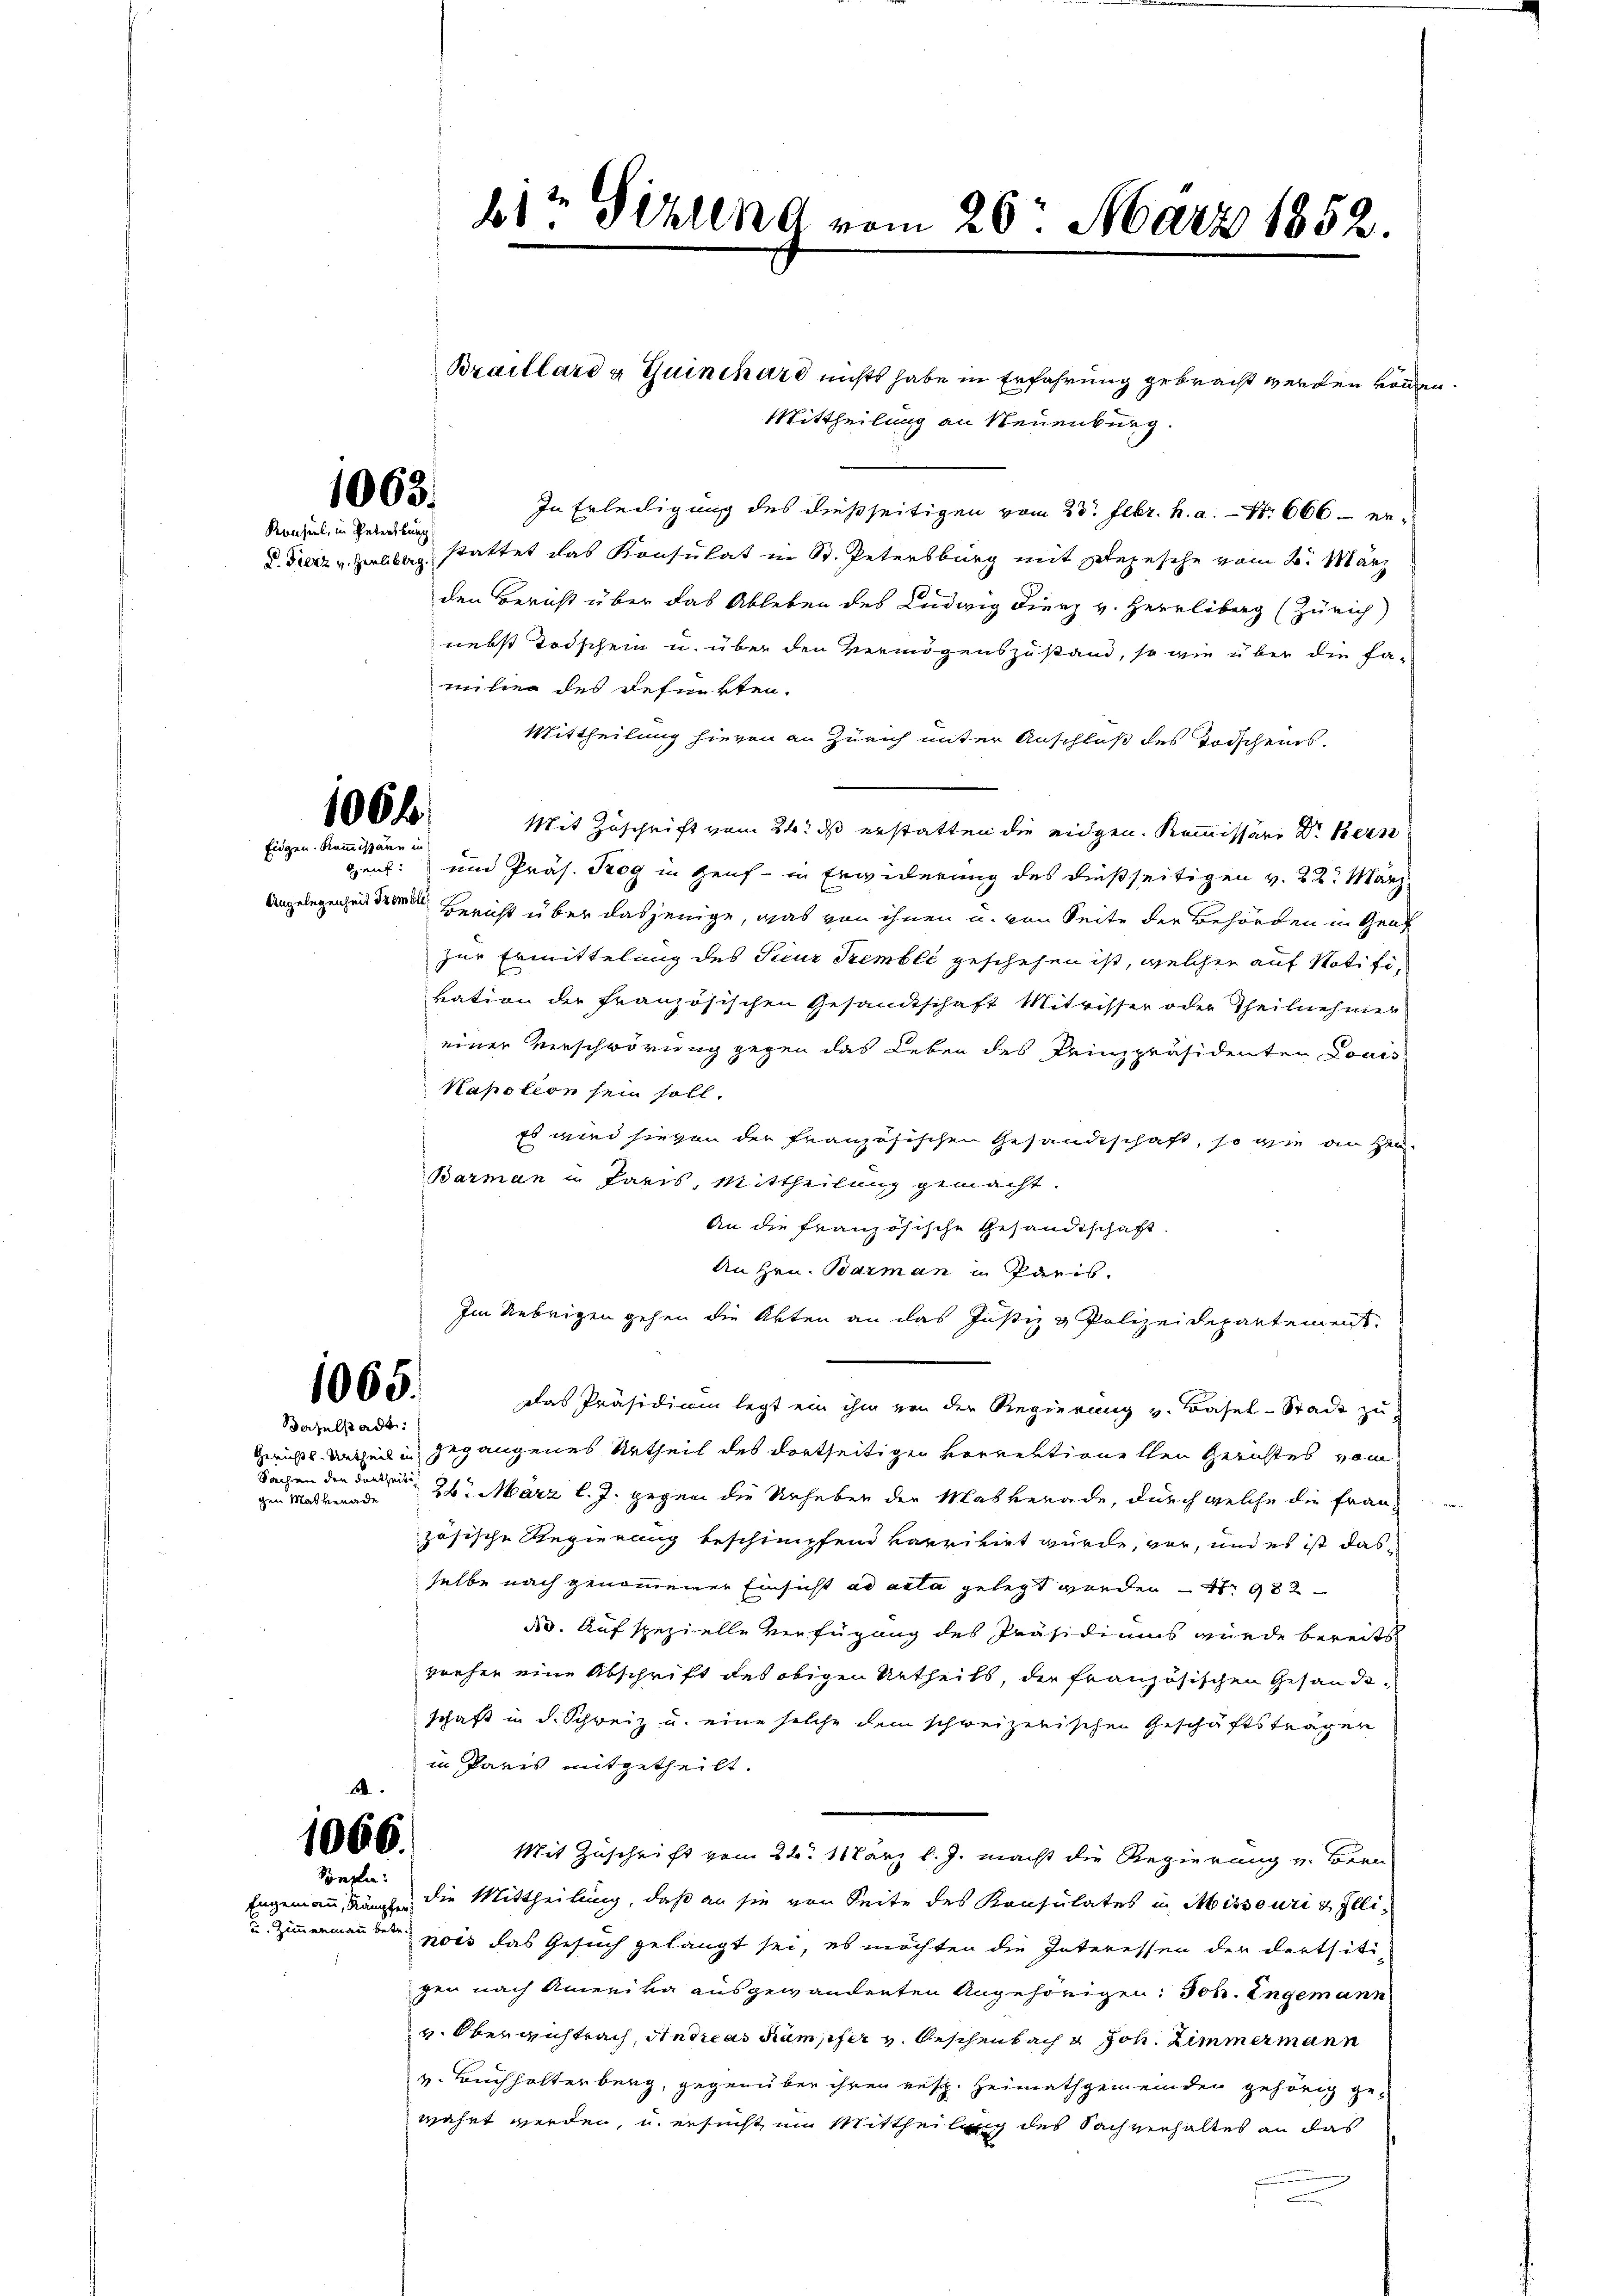
1065.
Konsul, in Petersburg

1064
Eidgen. Kommissären in

1065.
daselstadt.

Sachen den dortseiti

4
1066.
Sonke:

u. Zimmermann betr.

b1te Sitzung vom 26. März 1852.

Braillard & Guinchard nichts habe in Erfahrung gebracht werden worden.
Mittheilung an Neuenburg.
In Erledigung des dießseitigen vom 23. Febr. h. a. Nr. 666 – er
d. Fierz v. Helburg stattet das Konsulat in St. Petersburg mit Depesche vom 2. März
den Bericht über das Ableben des Ludwig Fierz v. Herrliberg (Zürich)
nebst Todschein u. über den Vermögenszustand, so wie über die Fa-
milien des defunkten.
Mittheilung hievon an Zürich unter Anschluß des Todschens.
Mit Zuschrift vom 24. ds erstatten die eidgen. Kommissäre Dr. Bern
gen: und Präs. Trog in Genf- in Erwiderung des dießseitigen v. 22. März
Angelegenheit den Bericht über dasjenige, was von ihnen u. von Seite der Behörden in Genf
zur Ermittelung des Sueur Premblé geschehen ist, welcher auf Notifikation der französischen Gesandtschaft Mitrisser oder Theilnehmen
einer Verschwörung gegen das Leben des Prinzpräsidenten Louis-
Kapotion sein soll.
Es wird hievon der französischen Gesandtschaft, so wie an kan¬
Barman in Paris, Mittheilung gemacht.
An die französische Gesandtschaft.
An Hrn. Barman in Paris.
Im Uebrigen gehen die Akten an das Justiz & Polizeidepartement.
Das Präsidium legt ein ihm von der Regierung v. Basel-Stadt zu
Gerichts teil in gegangenes Urtheil des dortseitigen Vorrektionellen Gerichtes vom
gen Mathenade 26. März l. J. gegen die Urheben der Maskerade, durch welche die Frau
zösische Regierung beschimpfend karrikirt würde, vor, und es ist dasselbe nach genommener Einsicht ad acta gelegt worden - 4. 982
do. Auf spezielle Verfügung des Präsidiums wurde bereits
vieher eine Abschrift des obigen Urtheils, der französischen Gesandischaft in d. Schweiz u. eine solche dem schweizerischen Geschäftsträgen
in Paris mitgetheilt.
Mit Zuschrift vom 24. März l. J. macht die Regierung v. Bern
Engemann, Länge die Mittheilung, daß an sie von Seite des Konsulates in Missouri & Illinois das Gesuch gelangt sei, es möchten die Interessen der dortsitigen nach Amerika ausgewandenten Angehörigen: Joh. Ungemann
v. Obergistrach, Andreas Kampfer v. Beschenbach & Joh. Zimmermann
v. Buchholterberg, gegenüber ihren resp. Heimathgemeinden gehörig ge-
währt werden, u. ersucht um Mittheilung des Sachverhaltes an das
.